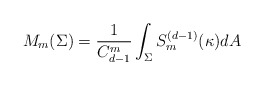
\begin{align*}M_m(\Sigma)=\frac{1}{C^m_{d-1}}\int_{\Sigma} S^{(d-1)}_m(\kappa) dA\end{align*}